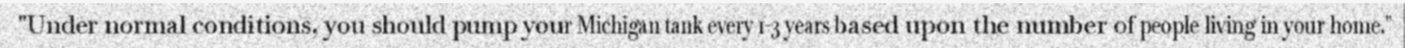
"Under normal conditions, you should pump your Michigan tank every 1-3 years based upon the number of people living in your home."